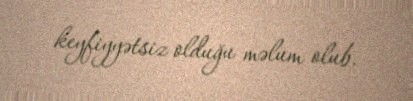
keyfiyyətsiz olduğu məlum olub.